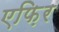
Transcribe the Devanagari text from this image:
एफ़िर